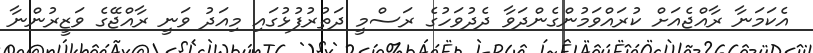
އެކަމަނާ ރާއްޖެއަށް ކުރައްވަމުންގެންދަވާ ދެދުވަހުގެ ރަސްމީ ދަތުރުފުޅުގައި މިއަދު ވަނީ ރާއްޖޭގެ ވަޒީރުންނާ